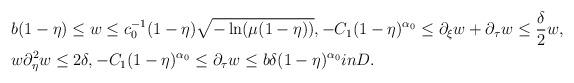
LaTeX: \begin{align*}& b(1-\eta)\leq w\leq c_0^{-1}(1-\eta)\sqrt{-\ln(\mu(1-\eta))}, -C_1(1-\eta)^{\alpha_0}\leq\partial_\xi w+\partial_\tau w\leq \frac{\delta}{2}w,\\& w\partial_\eta^2 w\leq 2\delta , -C_1(1-\eta)^{\alpha_0}\leq \partial_\tau w\leq b\delta(1-\eta)^{\alpha_0}in D.\end{align*}